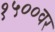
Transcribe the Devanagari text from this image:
१५००वर